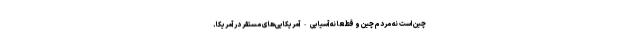
چین است نه مردم چین و قطعا نه آسیایی-آمریکایی‌های مستقر در آمریکا.